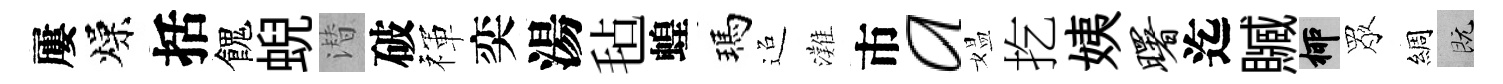
屢燥括餽蜺潜破禈奕湯毡蝗瑪迢灘市a媪扢姨曙迄贓柳眾綢既